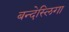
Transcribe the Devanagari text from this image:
बन्देस्लिगा